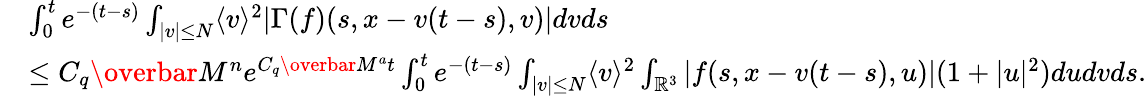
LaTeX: \begin{array}{rl}&{\int_{0}^{t}e^{-(t-s)}\int_{\vert v\vert\leq N}\langle v\rangle^{2}\vert\Gamma(f)(s,x-v(t-s),v)\vert dvds}\\ &{\leq C_{q}\overbar{M}^{n}e^{C_{q}\overbar{M}^{a}t}\int_{0}^{t}e^{-(t-s)}\int_{\vert v\vert\leq N}\langle v\rangle^{2}\int_{\mathbb{R}^{3}}\vert f(s,x-v(t-s),u)\vert(1+|u|^{2})dudvds.}\end{array}